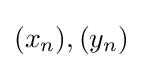
(x_{n}),(y_{n})